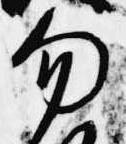
勿